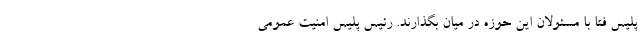
پلیس فتا با مسئولان این حوزه در میان بگذارند. رئیس پلیس امنیت عمومی